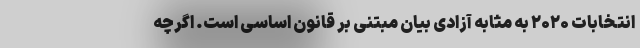
انتخابات ۲۰۲۰ به مثابه آزادی بیان مبتنی بر قانون اساسی است. اگرچه